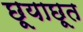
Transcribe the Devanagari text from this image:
छूयाछूत